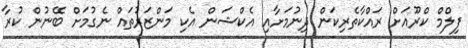
ފިލްމް ކްރޫއަށް ރައްކާތެރިކަން ދިނުމަށާއި އެކްޝަން އެކި މަންޒަރުތައް ނެގުމަށް ބޭނުން ކުރާ